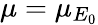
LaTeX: \mu=\mu_{E_{0}}